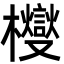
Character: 㰔